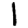
Digit: 1